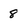
Character: 8